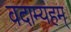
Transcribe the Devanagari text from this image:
वदाम्यहम्